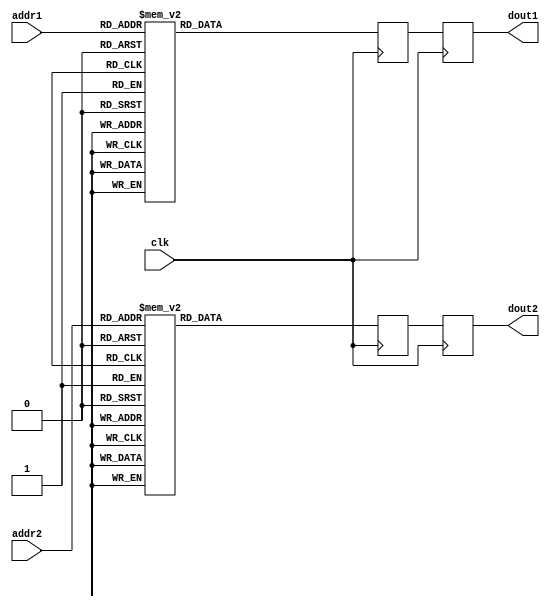
/*
ROMC Design.
This code is put into a file named romc.v.
This is the code for a ROM that stores the cosine, 2  C or 2  C T matrix.
Design incorporates two pipelining stages in order to keep pace with Dual RAM
used in the DCTQ design. ROM size is 8  64 bits. Two locations can be accessed
and output to the data bus, dout1 and dout2 simultaneously using the two ad-
dresses, addr1 and addr2 respectively. Each location stores eight numbers of
cosine terms. Thus, in eight such locations, a total of 64 terms are stored.
*/

module romc (
    input clk,
    input [2:0] addr1,
    input [2:0] addr2,
    output reg [63:0] dout1,
    output reg [63:0] dout2
);

// First pipeline registers.
reg [63:0] dout1_next;
reg [63:0] dout2_next;
reg [63:0] dout1_reg1;
reg [63:0] dout2_reg1;

// ROM data declared as nets.
wire [63:0] loc0 = 64'h5B5B5B5B5B5B5B5B; // ROM data - eight numbers of 8 bits data per location.
wire [63:0] loc1 = 64'h7E6A4719E7B99682;
wire [63:0] loc2 = 64'h7631CF8A8ACF3176;
wire [63:0] loc3 = 64'h6AE782B9477E1996;
wire [63:0] loc4 = 64'h5BA5A55B5BA5A55B;
wire [63:0] loc5 = 64'h4782196A96E77EB9;
wire [63:0] loc6 = 64'h318A76CFCF768A31;
wire [63:0] loc7 = 64'h19B96A827E9647E7;

// Addressed data is accessed whenever there is a change in any of the inputs in the always statement.
always @(loc0 or loc1 or loc2 or loc3 or loc4 or loc5 or loc6 or loc7 or
addr1 or addr2) begin
    case (addr1)
        3'b000: dout1_next = loc0;
        3'b001: dout1_next = loc1;
        3'b010: dout1_next = loc2;
        3'b011: dout1_next = loc3;
        3'b100: dout1_next = loc4;
        3'b101: dout1_next = loc5;
        3'b110: dout1_next = loc6;
        3'b111: dout1_next = loc7;
        default: dout1_next = loc0;
    endcase

    case (addr2)
        3'b000: dout2_next = loc0;
        3'b001: dout2_next = loc1;
        3'b010: dout2_next = loc2;
        3'b011: dout2_next = loc3;
        3'b100: dout2_next = loc4;
        3'b101: dout2_next = loc5;
        3'b110: dout2_next = loc6;
        3'b111: dout2_next = loc7;
        default: dout2_next = loc0;
    endcase
end

// First pipeline stage.
always @(posedge clk) begin
    dout1_reg1 <= dout1_next;
    dout2_reg1 <= dout2_next;
end

// Second pipeline stage.
always @(posedge clk) begin
    dout1 <= dout1_reg1;
    dout2 <= dout2_reg1;
end

endmodule